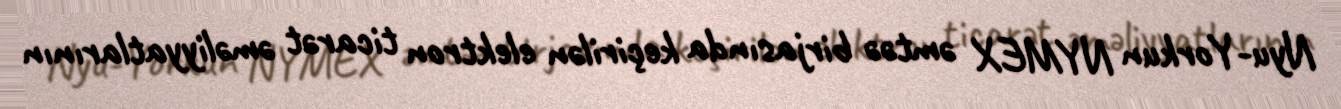
Nyu-Yorkun NYMEX əmtəə birjasında keçirilən elektron ticarət əməliyyatlarının